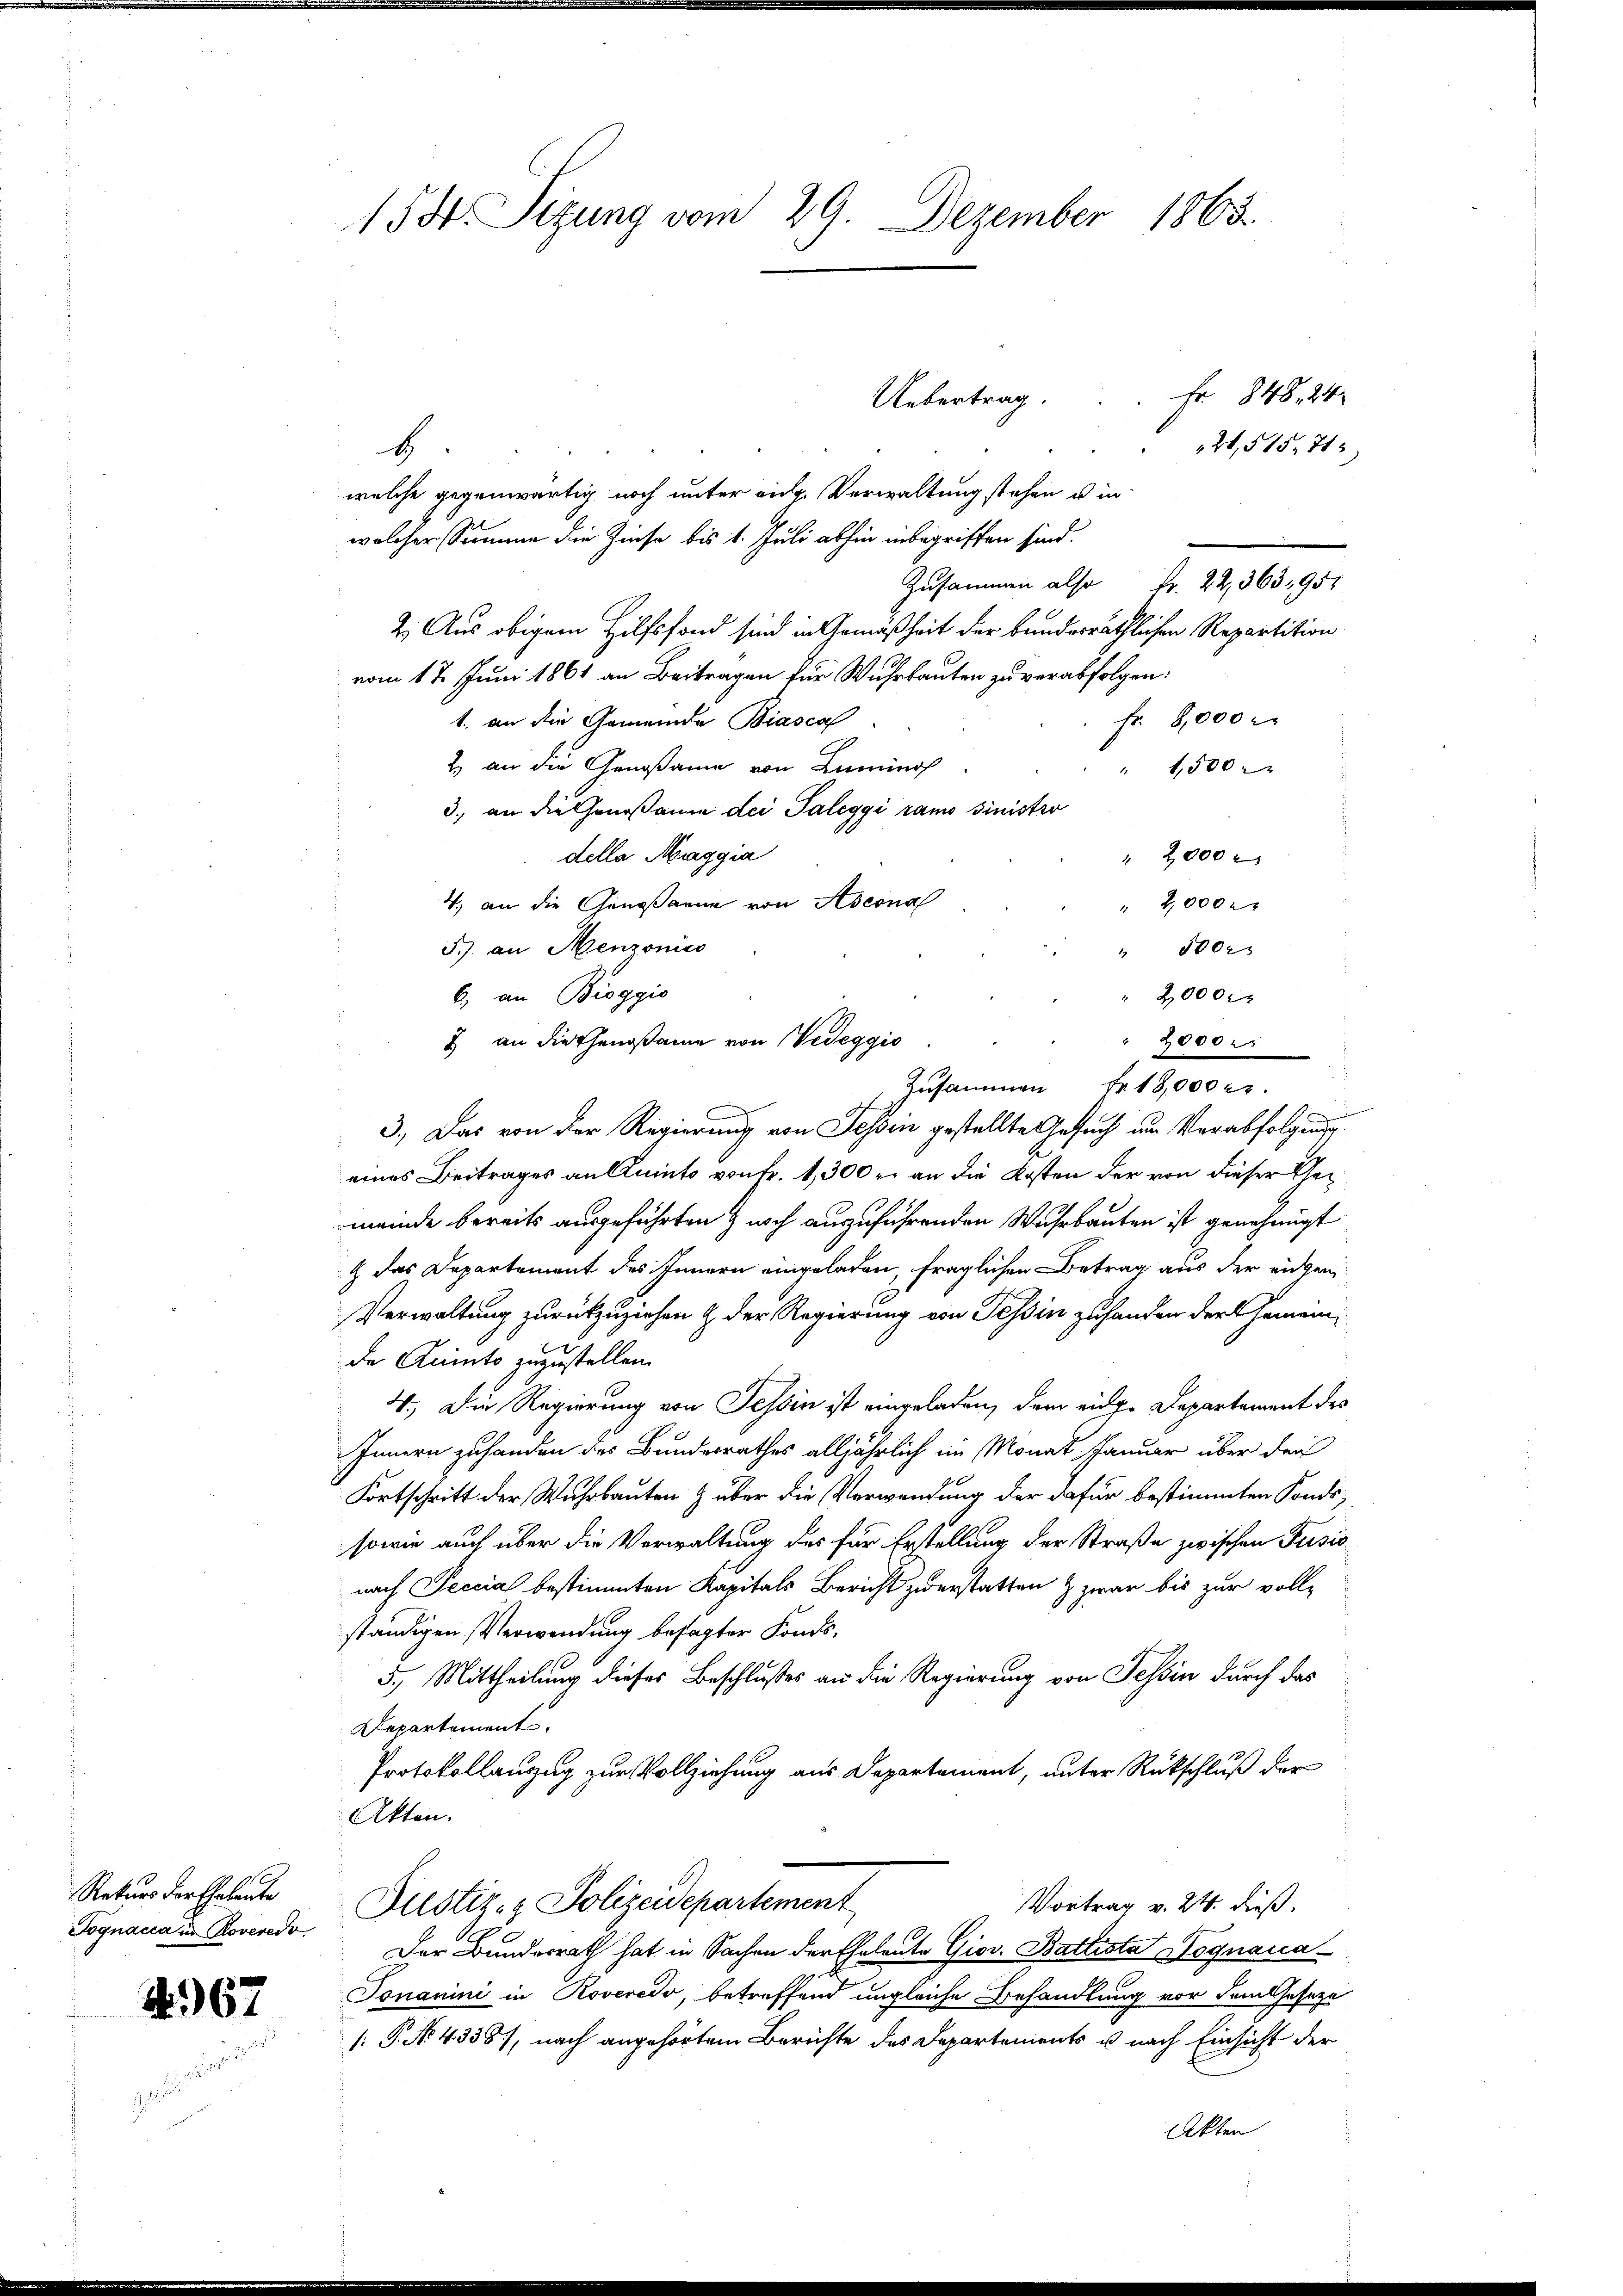
Rekurs der Eheleute
Fognacca in Roveredo

N.67

1534. Sizung vom 29. Dezember 1865.

Uebertrag.
H
welche gegenwärtig noch unter eidg. Verwaltung stehen u in
welcher Samme die Zinse bis 1. Juli abhin inbegriffen sind.
Zusammen also Fr. 22, 363, 951
2. Aus obigem Hilfsfond sind in Gemäßheit der bundesräthlichen Repartition
vom 17. Juni 1861 an Beitragen für Wuhrbauten zu verabfolgen:
Fr. 8,000
1. an die Gemeinde Biascal
2.) an die Genoßame von Lumino
" 1,500
3., an die Genoßamm dei Taleggi ramo sinistro
della Maggia
" 2000
4. an die Genoßanne von Aseona
" 2,000
J.. an Henzonies
" 1000
6) an Bioggis
" 2,000
" 2000 r
Zusammen Fr. 18,000 22.
3.) Das von der Regierung von Tessin gestellte Gesuch um Verabfolgung
eines Beitrages an Quints von Fr. 1,300 r. an die Kosten der von dieser Gemeinde bereits ausgeführten & noch auszuführenden Wuhrbauten ist genehmigt
 das Departement des Innern eingeladen, fraglichen Betrag aus der eigen
Verwaltung zurückzuziehen & der Regierung von Tessin zuhanden der Gemeinde Quints zuzustellen.
4., Die Regierung von Tessin ist eingeladen, dem eidg. Departement des
Innern zuhanden des Bundesrathes alljährlich im Monat Januar über den
Fortschritt der Wuhrbauten & über die Verwendung der dafür bestimmten Fonds,
sowie auch über die Verwaltung der für Erstellung der Straße zwischen Pusić
nach Jeccia bestimmten Kapitals Bericht zuerstatten & zwar bis zur voll-
ständigen Verwendung besagter Fonds¬
5.) Mittheilung dieses Beschlußes an die Regierung von Tessin durch das
Departement
Protokollanzug zur Vollziehung aus Departement, unter Rückschluß der
Akten.
Vortrag v. 24. dieß,
Justiz- & Polizeidepartement
Der Bundesrath hat in Sachen der Eheleute Giov. Battista Nognaua
Jonanini in Roveredo, betreffend ungleiche Behandlung vor dem Geseze
[: P. No. 4338), nach angehörtem Berichte des Departements u. nach Einsicht der
Akten

2) an die Genoßame von Vedeggio

Fr 848, 24
2,515, 715